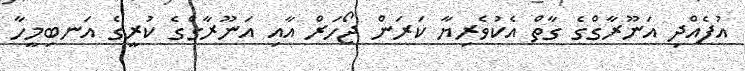
އުފެއްދި އަނޫރާގްގެ ގާތް އެކުވެރިޔާ ކަރަން ޖޯހަރް އާއި އަނޫރާގްގެ ކުރީގެ އަނބިމީހާ